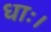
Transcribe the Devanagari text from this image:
धाः।